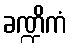
ခဏ္ဍိကံ